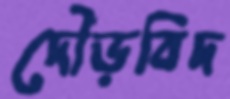
দৌড়বিদ